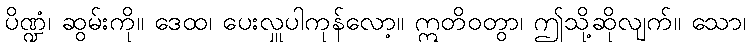
ပိဏ္ဍံ၊ ဆွမ်းကို။ ဒေထ၊ ပေးလှူပါကုန်လော့။ ဣတိဝတွာ၊ ဤသို့ဆိုလျက်။ သော၊